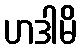
ဟဒါမိ